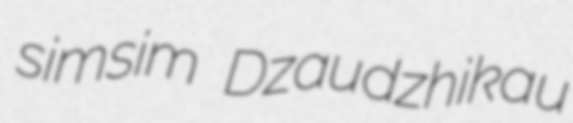
simsim Dzaudzhikau